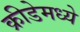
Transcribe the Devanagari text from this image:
क्रीडेमध्ये